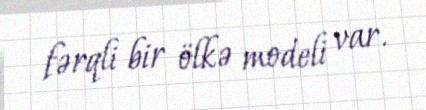
fərqli bir ölkə modeli var.